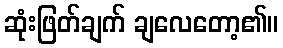
ဆုံးဖြတ်ချက် ချလေတော့၏။